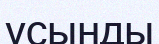
үсынды